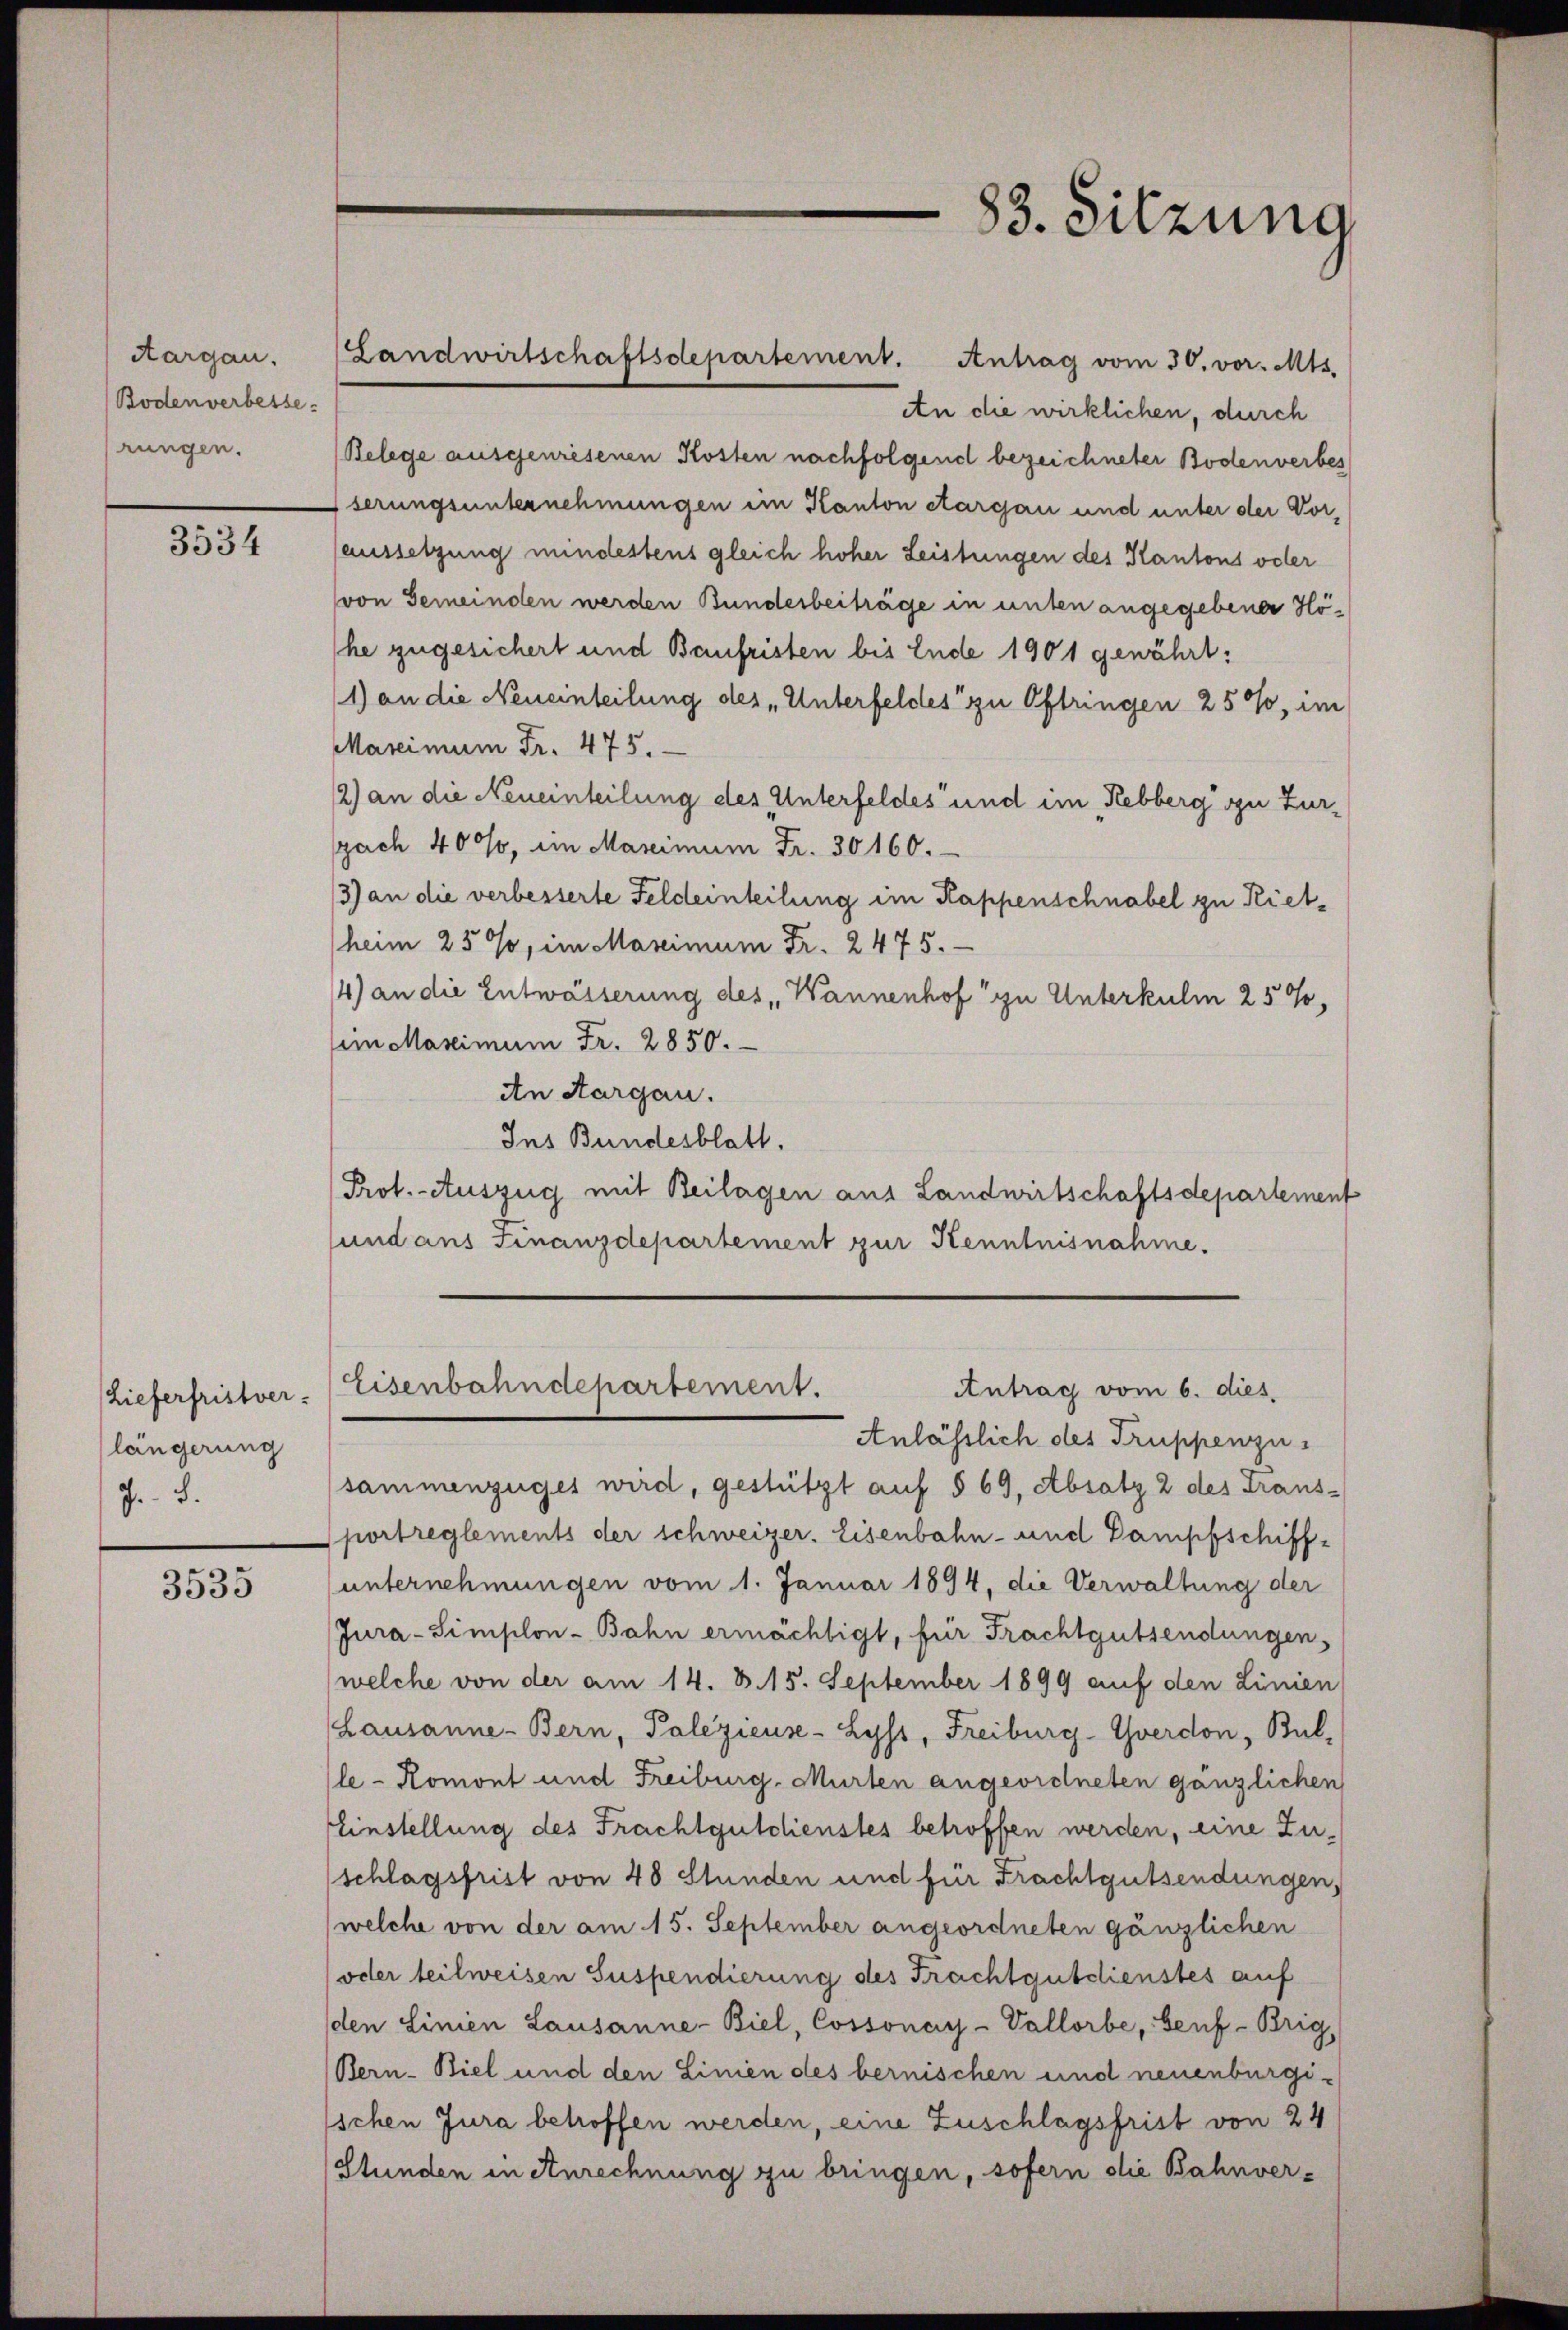
Aargau.
Bodenverbesse.
rungen.

3534

Lieferfristver-
längerung
J. 8.

3535

(Landwirtschaftsdepartement. Antrag vom 30. vor. Mts.

83. Sitzung

An die wirklichen, durch
Belege ausgewiesenen Kosten nachfolgend bezeichneter Bodenverbes
serungsunternehmungen ein Kanton Aargau und unter der Voraussetzung mindestens gleich hoher Leistungen des Kantons oder
von Gemeinden werden Bunderbeiträge in unten angegebener Höhe zugesichert und Baufristen bis Ende 1901 gewährt:
1) an die Neueinteilung des „Unterfeldes zu Oftringen 25%, im
Marcimum Fr. 475.
12) an die Neueinteilung des Unterfeldes und im Rebberg zu Zurspach 400, im Marcimum Fr. 30160.
3) an die verbesserte Feldeinteilung im Kappenschnabel zu Riet¬
(heim 250, im Maximum Fr. 2475.
14) an die Entwässerung des Wannenhof zu Unterkulm 25%,
sii Maximum Fr. 2850.
An Aargau.
Ins Bundesblatt.
Prof. Auszug mit Beilagen aus Landwirtschaftsdepartement
sund ans Finanzdepartement zur Kenntnisnahme.

Eisenbahndepartement.
Antrag vom 6. dies

Anlässlich des Truppenzusammenzuges wird, gestützt auf § 69, Absatz 2 des Trans-
portreglements der schweizer. Eisenbahn- und Dampfschiff-
unternehmungen vom 1. Januar 1894, die Verwaltung der
Jura-Simplon-Bahn ermächtigt, für Frachtgutsendungen,
welche von der am 14. S. 15. September 1899 auf den Linien
Lausanne-Bern, Palezieuse- Lyss, Freiburg-Yverdon, Bul-
le - Romont und Freiburg, Murten angeordneten gänzlichen
Einstellung des Frachtgutdienstes betroffen werden, eine Zuschlagsfrist von 48 Stunden und für Frachtgutsendungen,
(welche von der am 15. September angeordneten gänzlichen
(oder teilweisen Suspendierung des Frachtgutdienstes auf
den Linien Lausanne-Biel, Cossonay-Vallorbe, Genf-Brig,
Bern-Biel und den Linien des bernischen und neuenburgischen Jura betroffen werden, eine Zuschlagsfrist von 24
Stunden in Anrechnung zu bringen, sofern die Bahnver¬